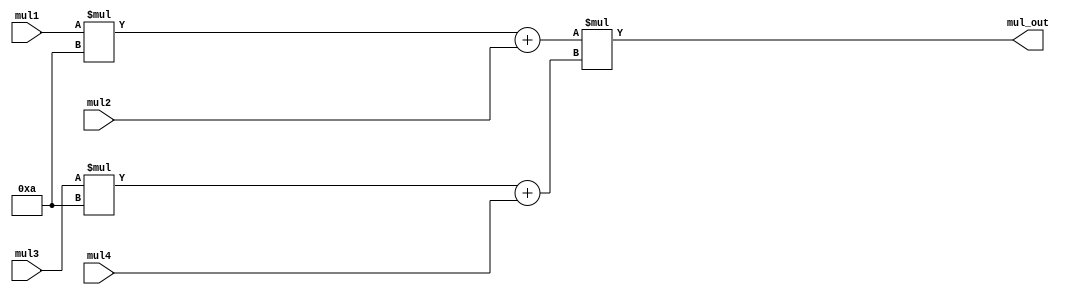
`timescale 1ns / 1ps
//////////////////////////////////////////////////////////////////////////////////
// Company: 
// Engineer: 
// 
// Design Name: 
// Module Name: lab8_3_mul
// Project Name: 
// Target Devices: 
// Tool Versions: 
// Description: 
// 
// Dependencies: 
// 
// Revision:
// Revision 0.01 - File Created
// Additional Comments:
// 
//////////////////////////////////////////////////////////////////////////////////


module lab8_3_mul(mul1, mul2, mul3, mul4, mul_out);
    input [3:0] mul1, mul2, mul3, mul4;
    output [13:0] mul_out;
    reg [13:0] mul_out;
    
    always@* mul_out = ((mul1*10) + mul2)*((mul3*10) + mul4);
    
endmodule